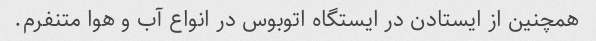
همچنین از ایستادن در ایستگاه اتوبوس در انواع آب و هوا متنفرم.